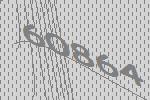
60864